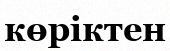
көріктен